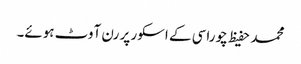
محمد حفیظ چوراسی کے اسکور پر رن آوٹ ہوئے۔